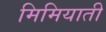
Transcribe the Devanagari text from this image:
मिमियाती